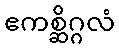
ဧကစ္ဆိဂ္ဂလံ